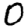
Digit: 0